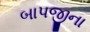
બાપજીના